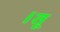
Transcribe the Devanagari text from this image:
।तू